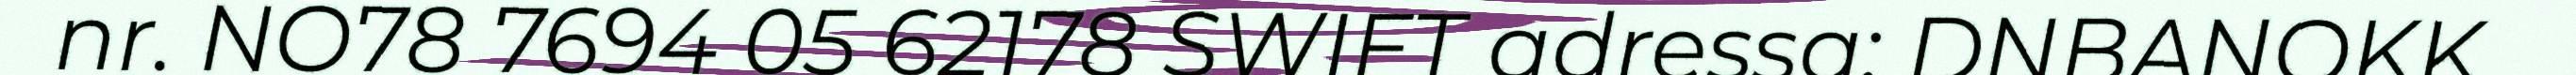
nr. NO78 7694 05 62178 SWIFT adressa: DNBANOKK